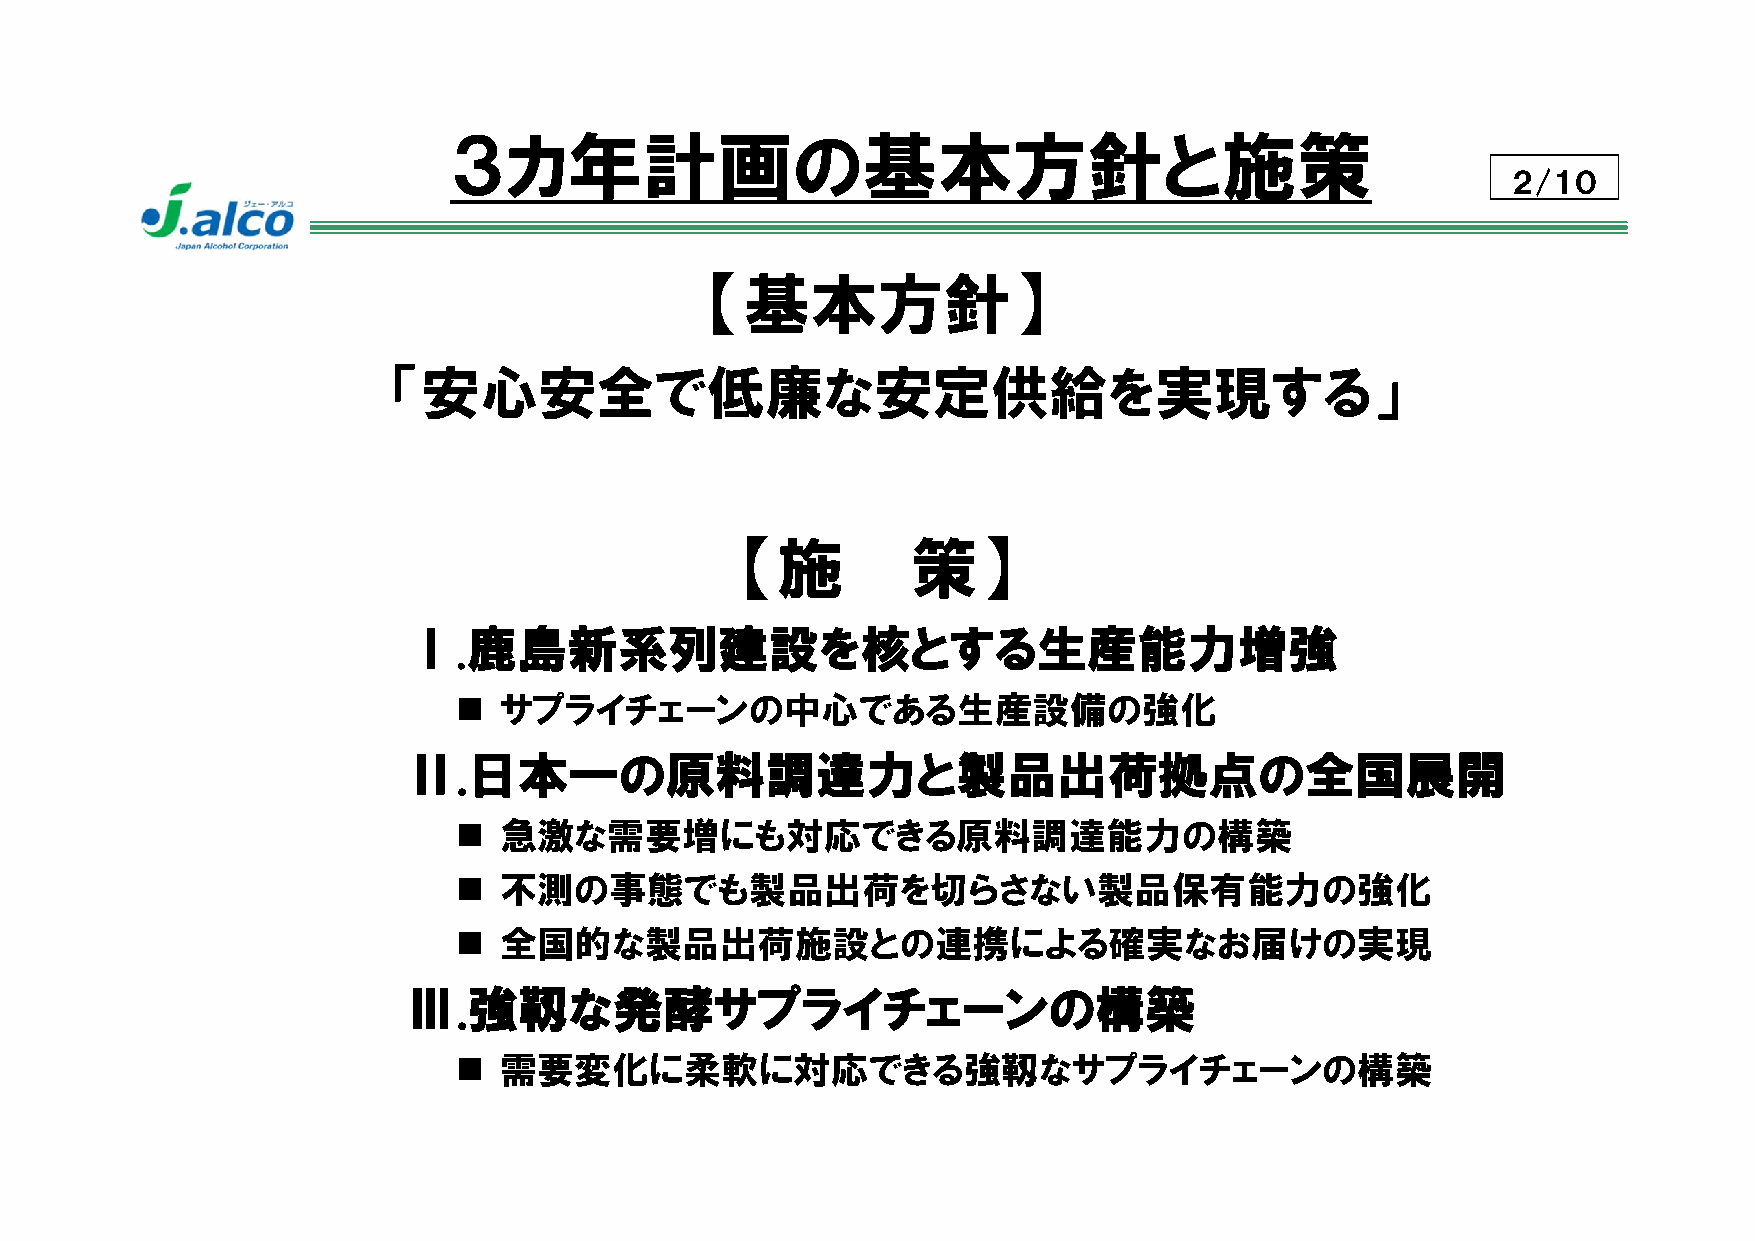
３カ年計画の基本方針と施策
 ２/１０
 【基本方針】
 「安心安全で低廉な安定供給を実現する」
 【施           策】
 Ⅰ.鹿島新系列建設を核とする生産能力増強
   サプライチェーンの中心である生産設備の強化
 Ⅱ.日本一の原料調達力と製品出荷拠点の全国展開
   急激な需要増にも対応できる原料調達能力の構築
   不測の事態でも製品出荷を切らさない製品保有能力の強化
   全国的な製品出荷施設との連携による確実なお届けの実現
 Ⅲ.強靱な発酵サプライチェーンの構築
   需要変化に柔軟に対応できる強靱なサプライチェーンの構築